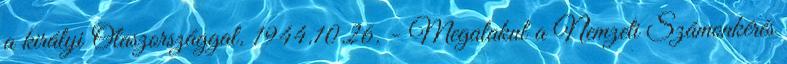
a királyi Olaszországgal. 1944.10.26. - Megalakul a Nemzeti Számonkérés